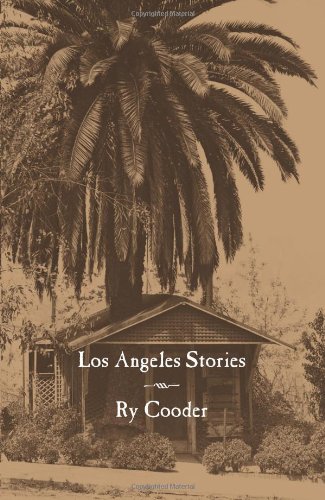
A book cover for Los Angeles Stories (City Lights Noir); Ry Cooder; Mystery, Thriller & Suspense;